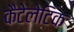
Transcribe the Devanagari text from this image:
कैटेलेटिक